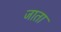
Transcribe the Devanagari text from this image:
जाता